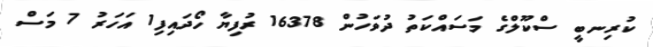
ކުރިނބީ ސްކޫލްގެ މަސައްކަތު ދުވަހުން 16378 ރުފިޔާ ހޯދައިފި1 އަހަރު 7 މަސް